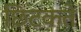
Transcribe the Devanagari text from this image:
छिटकते